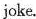
joke.